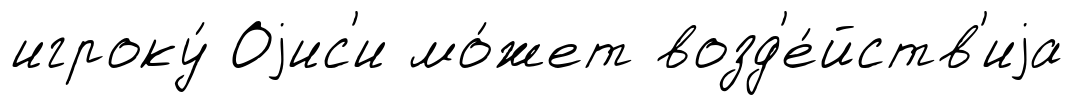
игроку́ Оjис'и мо́жет возд'е́йств'иjа